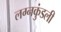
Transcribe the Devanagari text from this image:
लग्नकुंडली